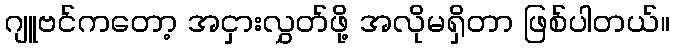
ဂျူဗင်ကတော့ အငှားလွှတ်ဖို့ အလိုမရှိတာ ဖြစ်ပါတယ်။